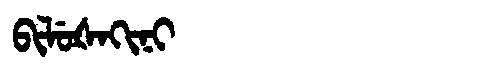
Manchu: ᠪᡳᠯᡠᡧᠠᡴᡳᠨᡳ
Romanization: BILUŠAKINI